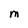
Character: M